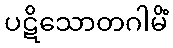
ပဋိသောတဂါမိံ